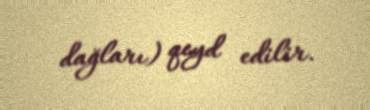
dağları) qeyd edilir.